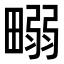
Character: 𤲹